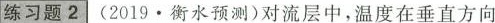
练习题2 (2019.衡水预测)对流层中，温度在垂直方